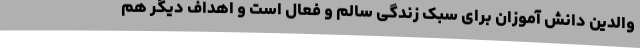
والدین دانش آموزان برای سبک زندگی سالم و فعال است و اهداف دیگر هم